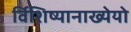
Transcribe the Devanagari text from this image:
र्विशिष्यानाख्येयो